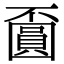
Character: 𡈯